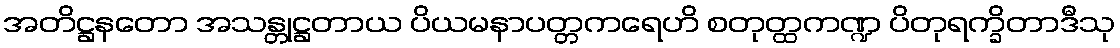
အတိဋ္ဌနတော အသန္တုဋ္ဌတာယ ပိယမနာပတ္တကရေဟိ စတုတ္ထကဏ္ဍ ပိတုရက္ခိတာဒီသု